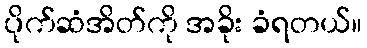
ပိုက်ဆံအိတ်ကို အခိုး ခံရတယ်။